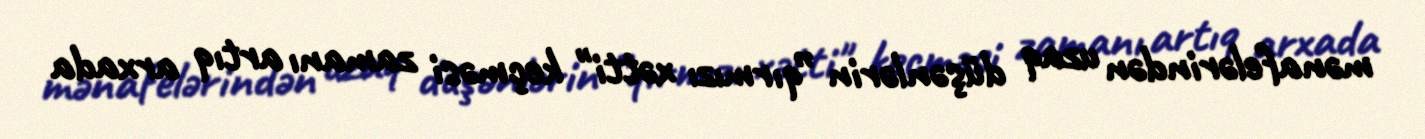
mənafelərindən uzaq düşənlərin ”qırmızı xətti" keçməsi zamanı artıq arxada